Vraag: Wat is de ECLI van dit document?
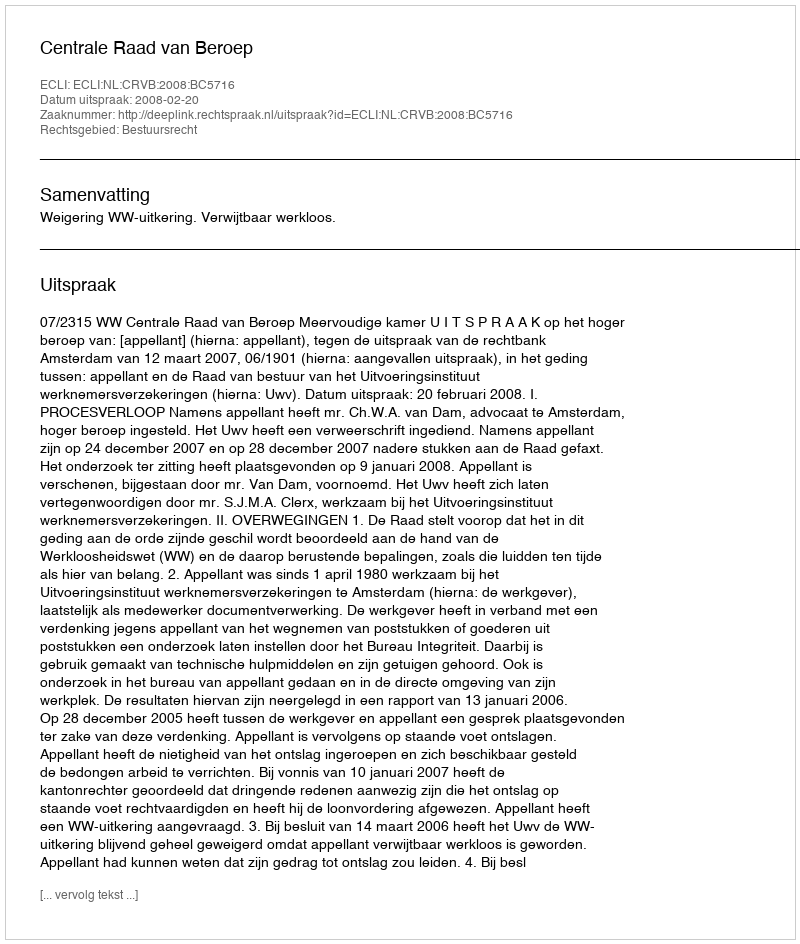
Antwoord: ECLI:NL:CRVB:2008:BC5716